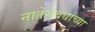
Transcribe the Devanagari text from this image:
नातेसंबंधांच्या